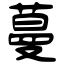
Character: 蔓